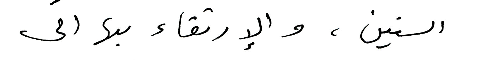
السنين، والإرتقاء بها الى